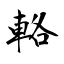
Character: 輅